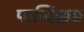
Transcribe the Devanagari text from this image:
पान्दिक्कड़